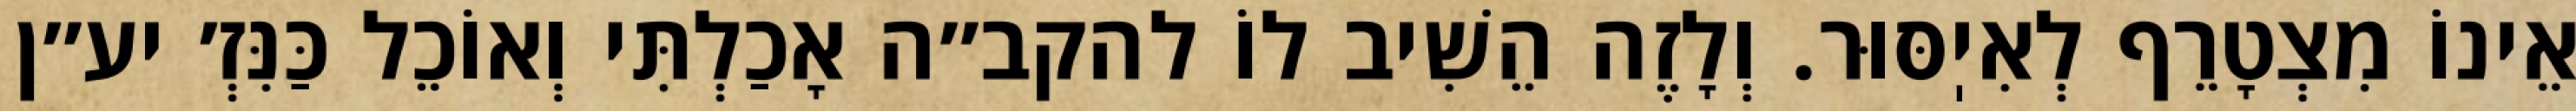
אֵינוֹ מִצְטָרֵף לְאִיֽסּוּר. וְלָזֶה הֵשִׁיב לוֹ להקב״ה אָכַלְתִּי וְאוֹכֵל כַּנִּזְ׳ יע״ן